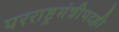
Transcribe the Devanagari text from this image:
परराष्ट्रमंत्रीपदही